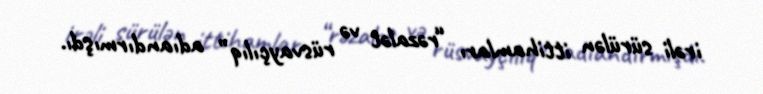
irəli sürülən ittihamları “rəzalət və rüsvayçılıq” adıandırmışdı.